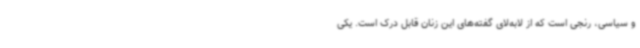
و سیاسی، رنجی است که از لابه‌لای گفته‌های این زنان قابل درک است. یکی